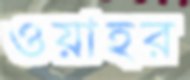
ওয়াহর